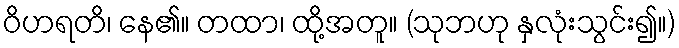
ဝိဟရတိ၊ နေ၏။ တထာ၊ ထို့အတူ။ (သုဘဟု နှလုံးသွင်း၍။)